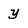
Character: y